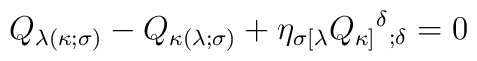
Q_{\lambda (\kappa ;\sigma)} -Q_{\kappa (\lambda ;\sigma)} +\eta_{\sigma[\lambda} Q_{\kappa ]}{^\delta}_{;\delta} =0